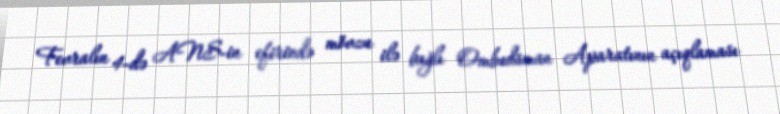
Fevralın 4-də ANS-in efirində mövzu ilə bağlı Ombudsman Aparatının açıqlaması